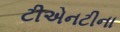
ટીએનટીના